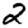
Digit: 2